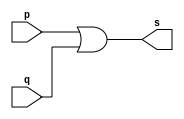
/*
 * Pontificia Universidade Catlica de Minas Gerais
 * Instituto de Cincias Exatas e Informtica
 * Arquitetura de Computadores - Exemplo0015
 * Belo Horizonte 26 de Fevereiro de 2013
 * Aluna: Izabela Caldeira Borges
 */ 
 
 
 // ----------------
 // -- or gate
 // ----------------
 
 module orgate (output s, input p, q);
 assign s = (p|q); //criar vinculo permanente
              		 //(dependencia)
 endmodule 			 // orgate

 module orgate2 (output s, input p, q, r);
 wire s1;
 orgate OR1 (s1, p, q);
 orgate OR2 (s, r, s1);
 endmodule 			 //orgate
 
 // ---------------
 // -- test or gate
 // ---------------
 
 module testorgate;
 // --------------- dados locais
 
 reg a, b, c;			// definir registrador
 					// varivel independente
 wire s;			// definir conexo (fio)
					// varivel dependente
 
 // --------------- instncia
 	orgate2 OR3 (s, a, b, c);
 // --------------- preparao
 	initial begin:start
	
		a = 0;	b = 0;	c = 0;	
	end
	
 // --------------- parte principal
 	initial begin:main
		$display("Exemplo 0015 - Izabela Caldeira Borges - 463243");
		$display("Test OR gate");
		$display("\n((a | b) | c) = s\n");
			$monitor("(%b | %b) | %b = %b", a, b, c, s);
	#1 	a = 0; 	b = 0; 	c = 0;
	#1 	a = 0; 	b = 0; 	c = 1;     
	#1 	a = 0; 	b = 1; 	c = 0;
	#1 	a = 0; 	b = 1; 	c = 1;  
	#1 	a = 1; 	b = 0; 	c = 0;
	#1 	a = 1; 	b = 0; 	c = 1;  
	#1 	a = 1; 	b = 1; 	c = 0;
	#1 	a = 1; 	b = 1; 	c = 1; 
					
	end
	
 endmodule // testorgate